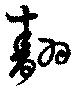
翿